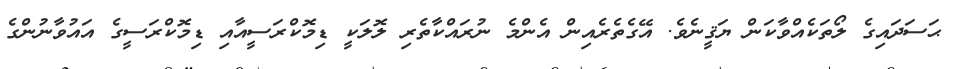
ޙަސަދައިގެ ލޯތަކެއްވާކަން ޔަޤީނެވެ. އޭގެތެރެއިން އެންމެ ނުރައްކާތެރި ލޮލަކީ ޑިމޮކްރަސީއާއި ޑިމޮކްރަސީގެ އައުވާނުންގެ